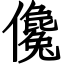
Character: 儳